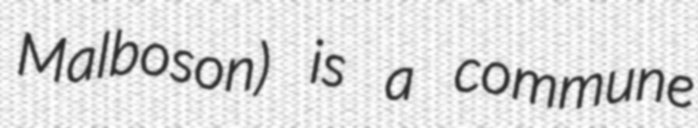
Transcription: Malboson) is a commune